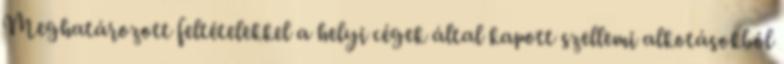
Meghatározott feltételekkel a helyi cégek által kapott szellemi alkotásokból